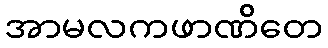
အာမလကဖာဏိတေ